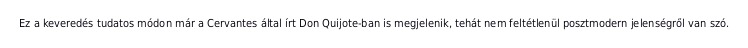
Ez a keveredés tudatos módon már a Cervantes által írt Don Quijote-ban is megjelenik, tehát nem feltétlenül posztmodern jelenségről van szó.